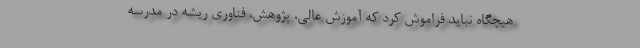
هیچگاه نباید فراموش کرد که آموزش عالی، پژوهش، فناوری ریشه در مدرسه